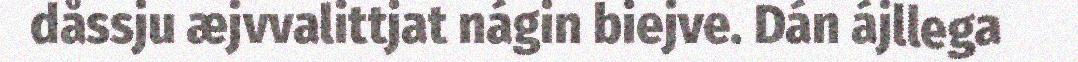
dåssju æjvvalittjat nágin biejve. Dán ájllega